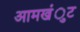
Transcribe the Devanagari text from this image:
आमखंुट